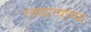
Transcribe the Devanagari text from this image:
रक्तदात्याच्या